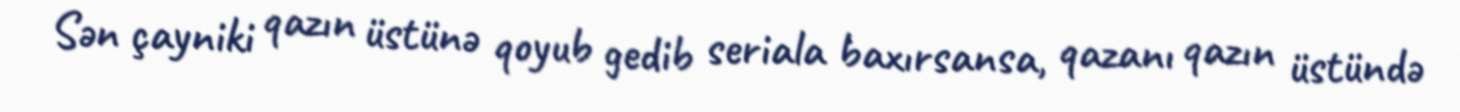
Sən çayniki qazın üstünə qoyub gedib seriala baxırsansa, qazanı qazın üstündə